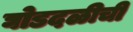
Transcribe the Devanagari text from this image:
घोडदळीची